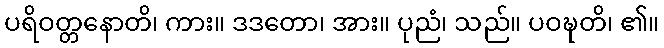
ပရိဝတ္တနောတိ၊ ကား။ ဒဒတော၊ အား။ ပုညံ၊ သည်။ ပဝဍ္ဎတိ၊ ၏။